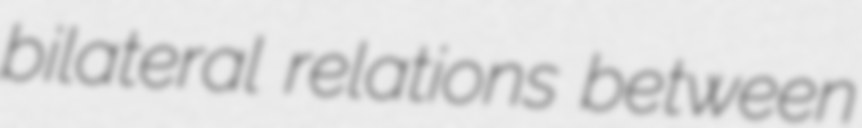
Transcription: bilateral relations between